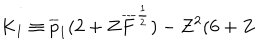
LaTeX: K _ { 1 } \equiv \overline { { { p } } } _ { 1 } ( 2 + Z \overline { { { F } } } ^ { \frac { 1 } { 2 } } ) - Z ^ { 2 } ( 6 + Z